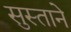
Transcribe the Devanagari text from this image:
सुस्ताने